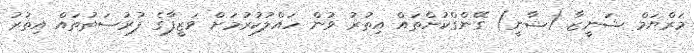
މަރްޔަމް ޝަނީޒާ (ޝާނީ) ގޭންގްކުށްތައް އިތުރު ވުން ހައްލުކުރުމަށް ވަޒީފާގެ ފުރުސަތުތައް އިތުރު